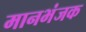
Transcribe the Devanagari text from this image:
मानभंजक